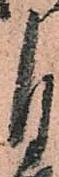
自